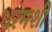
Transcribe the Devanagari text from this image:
धरमशी